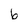
Character: 6